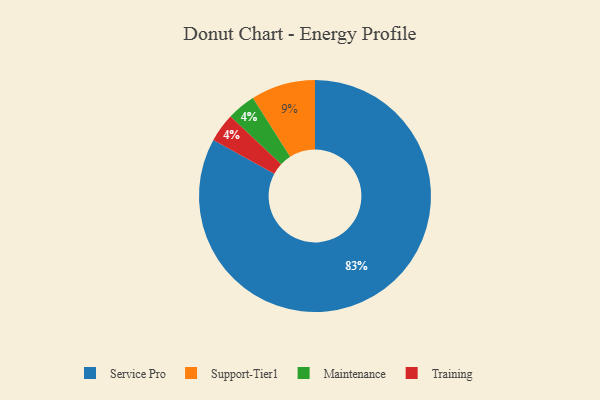
{"axis": {"x": "Category", "y": "Percentage"}, "legend": ["Maintenance", "Service Pro", "Support-Tier1", "Training"], "data": [{"x": "Maintenance", "y": 4, "type": "Maintenance"}, {"x": "Training", "y": 4, "type": "Training"}, {"x": "Support-Tier1", "y": 9, "type": "Support-Tier1"}, {"x": "Service Pro", "y": 83, "type": "Service Pro"}]}